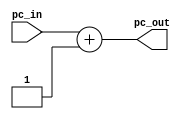

module sumador1 (pc_in, pc_out);

input wire [9:0] pc_in;
output reg [9:0] pc_out;

always@*
begin
pc_out = pc_in + 10'b000000001;
end
endmodule